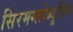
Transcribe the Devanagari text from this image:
सिरमग्लोब्यूलिन